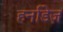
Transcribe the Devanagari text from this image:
हर्नाडेज़